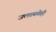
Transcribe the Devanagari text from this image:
जलस्थळेही